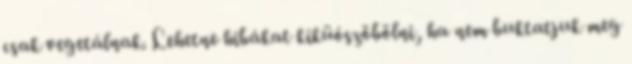
csak vegetálnak. Lehetne hibákat kiküószöbölni, ha nem buktatjuk meg